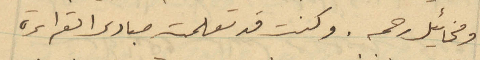
ومخائيل رحمه. وكنت قد تعلمت مبادى القراءة